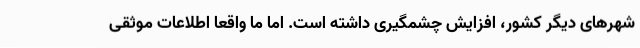
شهرهای دیگر کشور، افزایش چشمگیری داشته است. اما ما واقعا اطلاعات موثقی